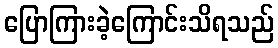
ပြောကြားခဲ့ကြောင်းသိရသည်